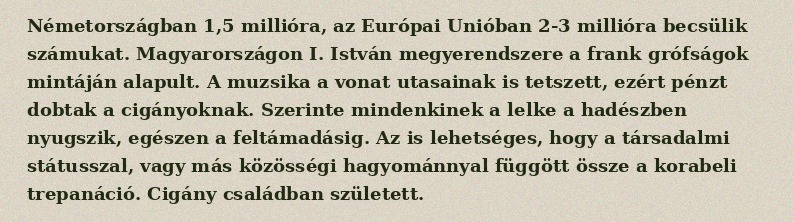
Németországban 1,5 millióra, az Európai Unióban 2-3 millióra becsülik számukat. Magyarországon I. István megyerendszere a frank grófságok mintáján alapult. A muzsika a vonat utasainak is tetszett, ezért pénzt dobtak a cigányoknak. Szerinte mindenkinek a lelke a hadészben nyugszik, egészen a feltámadásig. Az is lehetséges, hogy a társadalmi státusszal, vagy más közösségi hagyománnyal függött össze a korabeli trepanáció. Cigány családban született.